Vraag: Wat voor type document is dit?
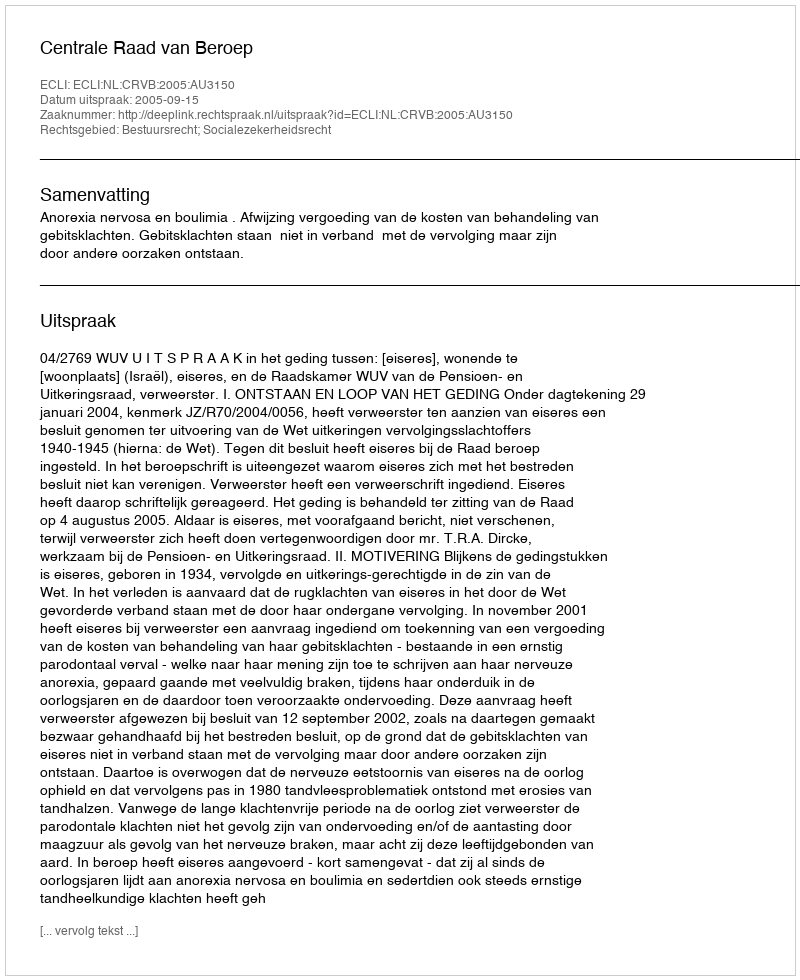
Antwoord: Uitspraak